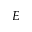
E